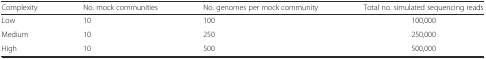
| Complexity | No. mock communities | No. genomes per mock community | Total no. simulated sequencing reads |
 | --- | --- | --- | --- |
 | Low | 10 | 100 | 100,000 |
 | Medium | 10 | 250 | 250,000 |
 | High | 10 | 500 | 500,000 |